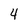
Character: 4